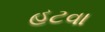
હટવા